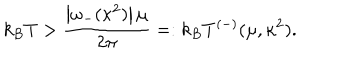
LaTeX: k _ { B } T > \frac { \left| \omega _ { - } ( \kappa ^ { 2 } ) \right| \mu } { 2 \pi } = : k _ { B } T ^ { ( - ) } ( \mu , \kappa ^ { 2 } ) .